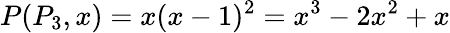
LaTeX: P(P_{3},x)=x(x-1)^{2}=x^{3}-2x^{2}+x